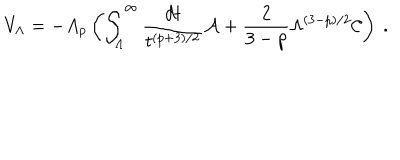
LaTeX: V _ { \Lambda } = - A _ { p } \left( \int _ { \Lambda } ^ { \infty } { \frac { d t } { t ^ { ( p + 3 ) / 2 } } } { \cal A } + { \frac { 2 } { 3 - p } } \Lambda ^ { ( 3 - p ) / 2 } { \cal C } \right) \ .